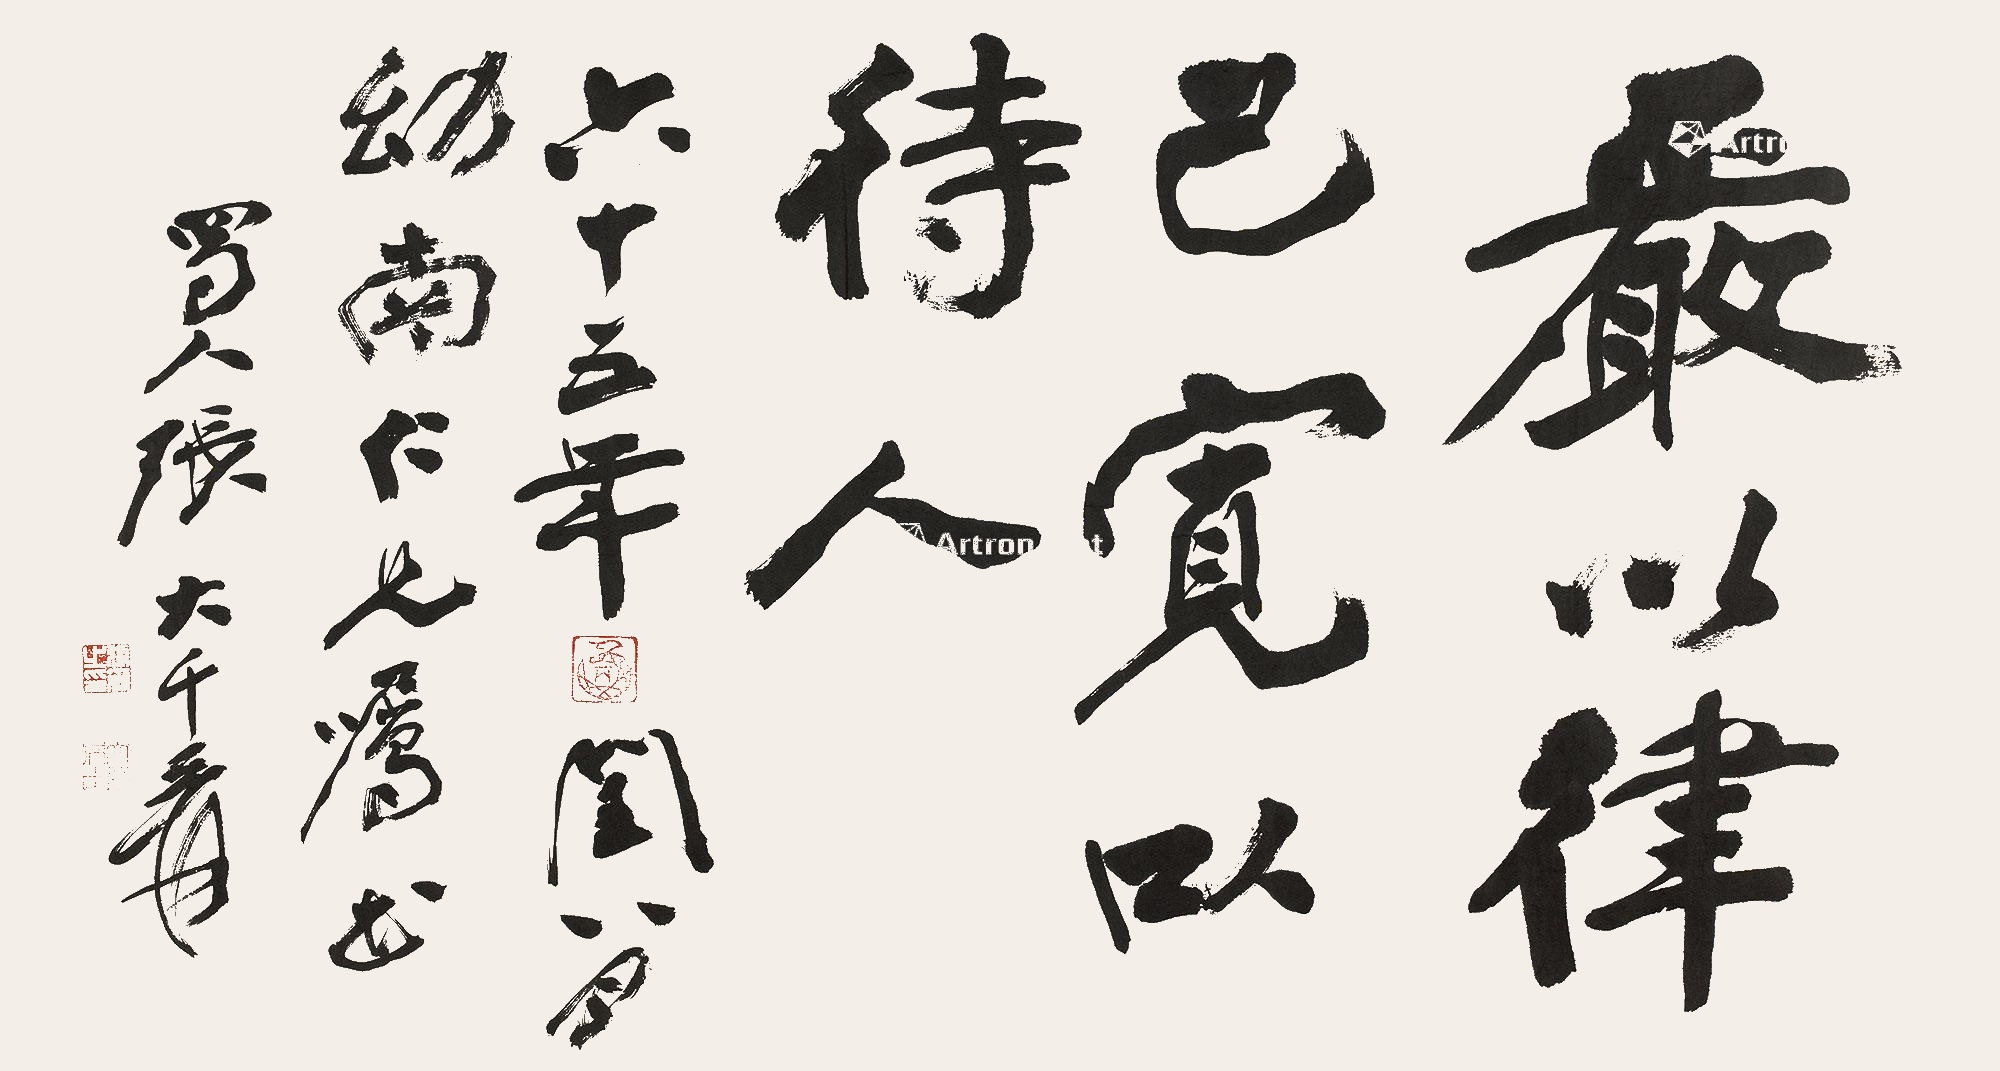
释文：严以律己，宽以待人。六十五年（1976年）闰八月，幼南仁兄嘱书。蜀人张大千爰。